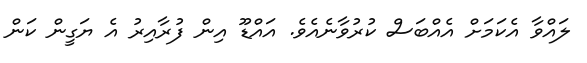
ލައްވާ އެކަމަށް އެއްބަސް ކުރުވާނެއެވެ. އައްޑޫ އިން ފުރާއިރު އެ ޔަގީން ކަން